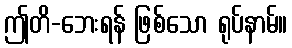
ဤတိ-ဘေးရန် ဖြစ်သော ရုပ်နာမ်။